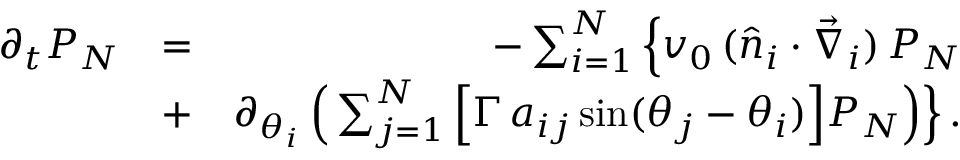
\begin{array} { r l r } { \partial _ { t } P _ { N } } & { = } & { - \sum _ { i = 1 } ^ { N } \Big \{ v _ { 0 } \, ( \hat { n } _ { i } \cdot \vec { \nabla } _ { i } ) \, P _ { N } } \\ & { + } & { \partial _ { \theta _ { i } } \, \Big ( \sum _ { j = 1 } ^ { N } \Big [ \Gamma \, a _ { i j } \, \mathrm { s i n } ( \theta _ { j } - \theta _ { i } ) \Big ] P _ { N } \Big ) \Big \} \, . } \end{array}